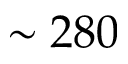
\sim 2 8 0